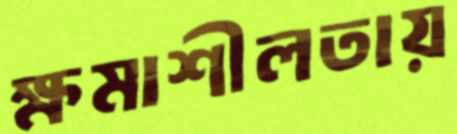
ক্ষমাশীলতায়